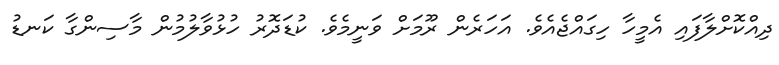
ދިއްކޮށްލާފައި އެމީހާ ހިގައްޖެއެވެ. އަހަރެން ރޫމަށް ވަނީމެވެ. ކުޑަދޮރު ހުޅުވާލުމުން މާސިންގާ ކަނޑު